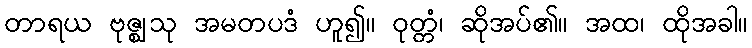
တာရယ ဗုဇ္ဈသု အမတပဒံ ဟူ၍။ ဝုတ္တံ၊ ဆိုအပ်၏။ အထ၊ ထိုအခါ။